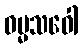
ဓမ္မသဝေါ